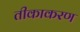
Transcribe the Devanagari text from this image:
तीकाकरण